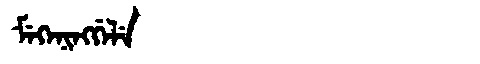
Manchu: ᠮᡝᡴᡝᠨᡳᠩᡤᡝᠯᡝ
Romanization: MEKENINGGELE